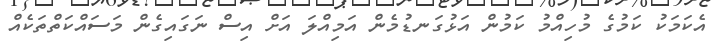
އެކަމަކު ކަމުގެ މުހިއްމު ކަމުން އަޅުގަނޑުމެން އަމިއްލަ އަށް އިސް ނަގައިގެން މަސައްކަތްތަކެއް